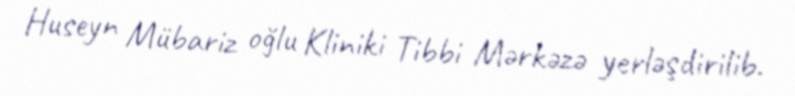
Huseyn Mübariz oğlu Kliniki Tibbi Mərkəzə yerləşdirilib.